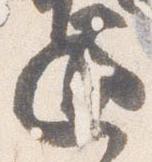
通